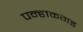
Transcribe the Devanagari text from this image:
पन्हाळ्गड